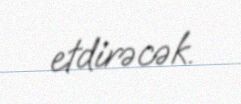
etdirəcək.